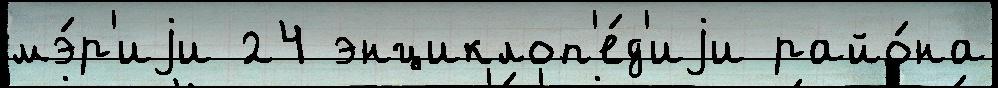
мэ́р'иjи 24 энциклоп'е́д'иjи райо́на